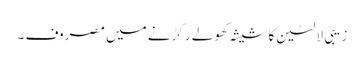
زیبی لالٹین کا شیشہ کھولے رگڑنے میں مصروف ۔